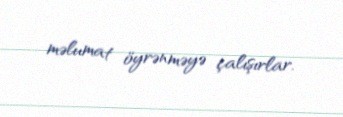
məlumat öyrənməyə çalışırlar.